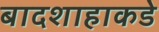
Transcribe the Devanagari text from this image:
बादशाहाकडे